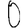
Digit: 0